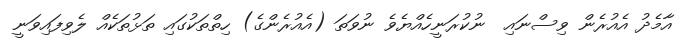
އާމެދު އެއުރެން ވިސްނައި  ނުކުރަނީހެއްޔެވެ ނުވަތަ (އެއުރެންގެ) ހިތްތަކުގައި ތަޅުތަކެއް ލެވިފައިވަނީ